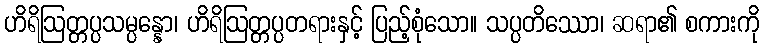
ဟိရိဩတ္တပ္ပသမ္ပန္နော၊ ဟိရိဩတ္တပ္ပတရားနှင့် ပြည့်စုံသော။ သပ္ပတိဿော၊ ဆရာ၏ စကားကို